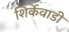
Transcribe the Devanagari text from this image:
शिर्केवाडी